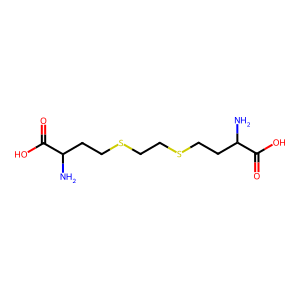
SMILES: NC(CCSCCSCCC(N)C(=O)O)C(=O)O
Inhibits HIV replication: No